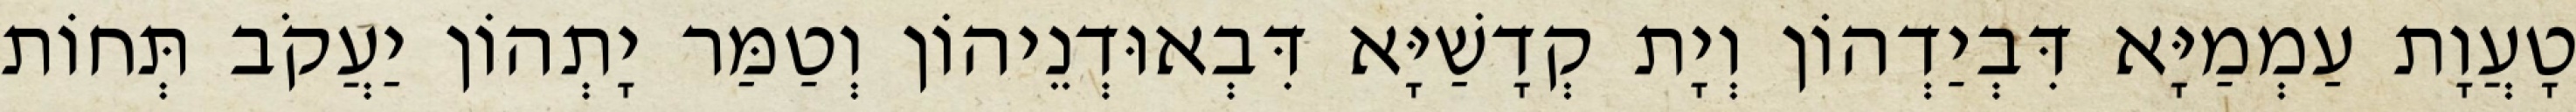
טָעֲוָת עַמְמַיָּא דִּבְיַדְהוֹן וְיָת קְדָשַׁיָּא דִּבְאוּדְנֵיהוֹן וְטַמַּר יָתְהוֹן יַעֲקֹב תְּחוֹת